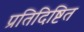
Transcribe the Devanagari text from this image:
प्रतिदिष्टित